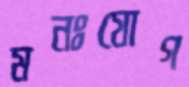
মনঃযোগ